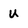
Character: u